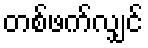
တစ်ဖက်လျှင်